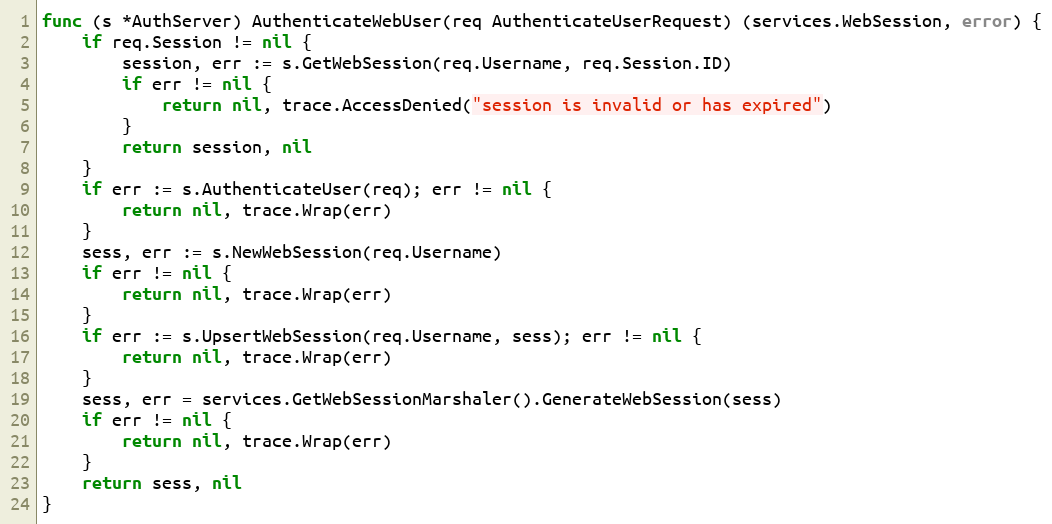
Language: Go
func (s *AuthServer) AuthenticateWebUser(req AuthenticateUserRequest) (services.WebSession, error) {
	if req.Session != nil {
		session, err := s.GetWebSession(req.Username, req.Session.ID)
		if err != nil {
			return nil, trace.AccessDenied("session is invalid or has expired")
		}
		return session, nil
	}
	if err := s.AuthenticateUser(req); err != nil {
		return nil, trace.Wrap(err)
	}
	sess, err := s.NewWebSession(req.Username)
	if err != nil {
		return nil, trace.Wrap(err)
	}
	if err := s.UpsertWebSession(req.Username, sess); err != nil {
		return nil, trace.Wrap(err)
	}
	sess, err = services.GetWebSessionMarshaler().GenerateWebSession(sess)
	if err != nil {
		return nil, trace.Wrap(err)
	}
	return sess, nil
}